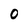
Character: 0